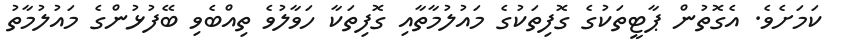
ކަމަށެވެ. އެގޮތުން ޕާޓީތަކުގެ ގޮފިތަކުގެ މައުލުމާތާއި ގޮފިތަކާ ހަވާލުވެ ތިއްބެވި ބޭފުޅުންގެ މައުލުމާތު